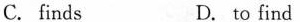
C. finds D. to find